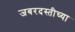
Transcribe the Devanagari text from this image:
जबरदस्तीच्या